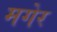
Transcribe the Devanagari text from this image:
मगेर